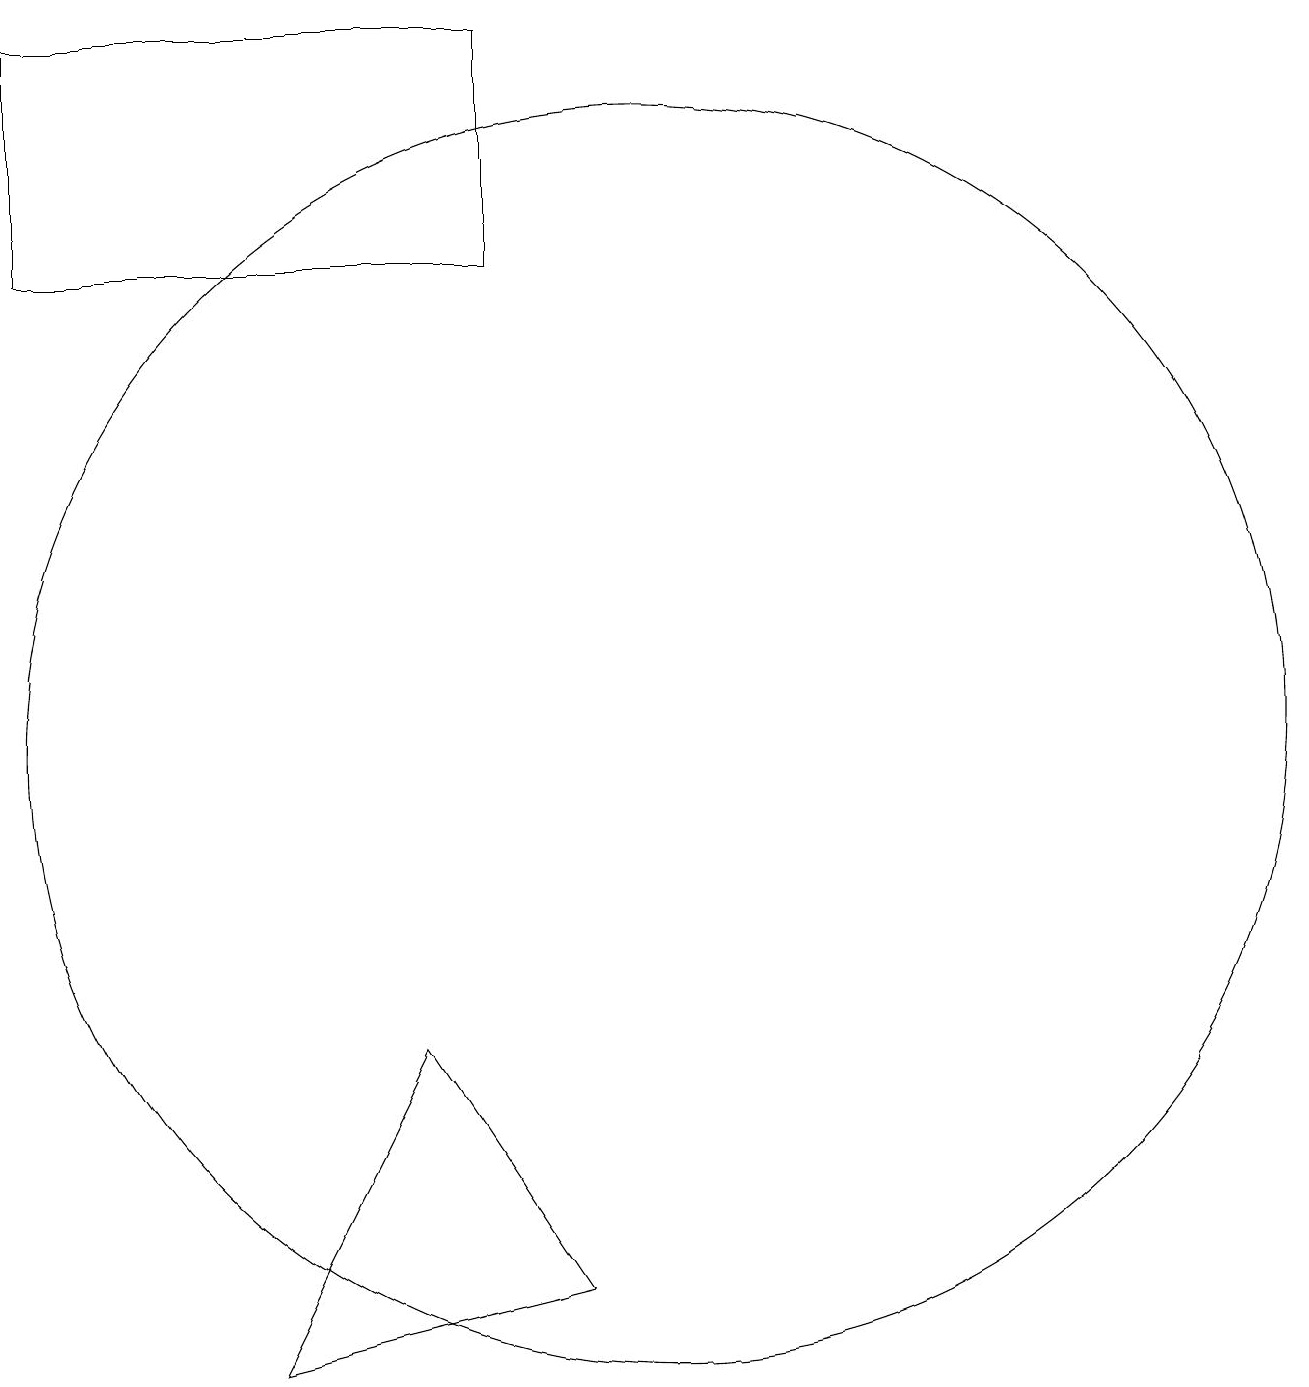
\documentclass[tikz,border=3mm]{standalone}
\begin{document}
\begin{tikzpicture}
\draw (5,2) -- (9,3) -- (7,6) -- cycle;
\draw (2,16) rectangle (8,19);
\draw (10,10) circle (8);
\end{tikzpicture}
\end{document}